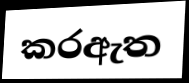
කරඇත